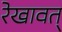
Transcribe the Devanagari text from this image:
रेखावत्‌